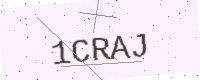
Text: 1CRAJ